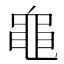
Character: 𪓑